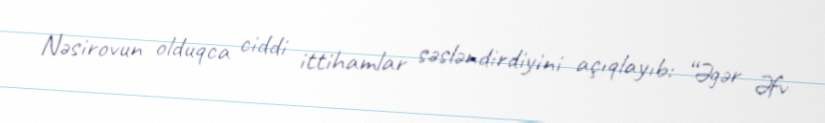
Nəsirovun olduqca ciddi ittihamlar səsləndirdiyini açıqlayıb: “Əgər Əfv